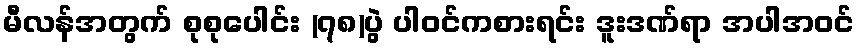
မီလန်အတွက် စုစုပေါင်း (၇၈)ပွဲ ပါဝင်ကစားရင်း ဒူးဒဏ်ရာ အပါအဝင်